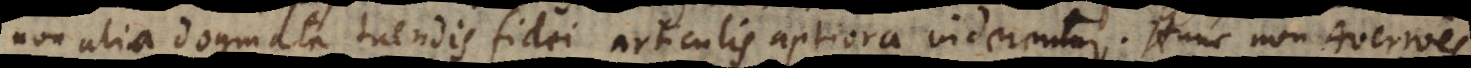
non alia dogmata tuendis fidei articulis aptiora viderentur. Hunc non Averroës